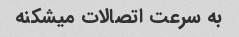
به سرعت اتصالات میشکنه